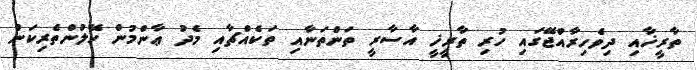
ތާރީޚާއި ދިވެހިރާއްޖޭގައި ހުރި ތާރީޚީ އާސާރީ ތަންތަނާއި ތަކެއްޗާއި މެދު ޢާންމުން ހޭލުންތެރިކަން